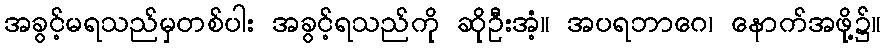
အခွင့်မရသည်မှတစ်ပါး အခွင့်ရသည်ကို ဆိုဦးအံ့။ အပရဘာဂေ၊ နောက်အဖို့၌။